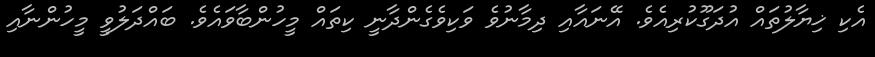
އެކި ޚިޔާލުތައް އުދަގޫކުރިއެވެ. އޭނައާއި ދިމާނުވެ ވަކިވެގެންދާނީ ކިތައް މީހުންބާވައެވެ. ބައްދަލުވީ މީހުންނާއި